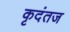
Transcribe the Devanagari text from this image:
कृदंतज